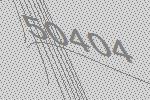
50404